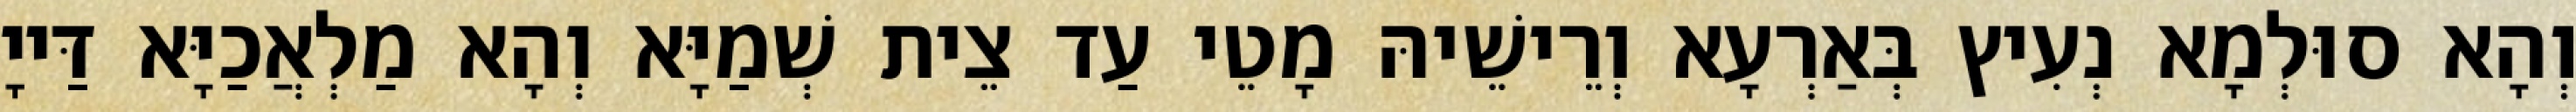
וְהָא סוּלְמָא נְעִיץ בְּאַרְעָא וְרֵישֵׁיהּ מָטֵי עַד צֵית שְׁמַיָּא וְהָא מַלְאֲכַיָּא דַּייָ